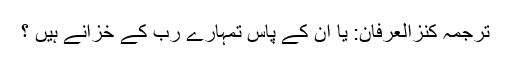
ترجمۂ کنزُالعِرفان: یا ان کے پاس تمہارے رب کے خزانے ہیں ؟